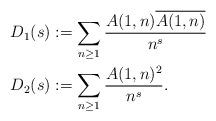
LaTeX: \begin{align*} D_1(s) &:= \sum_{n \geq 1} \frac{A(1,n)\overline{A(1,n)}}{n^s} \\ D_2(s) &:= \sum_{n \geq 1} \frac{A(1,n)^2}{n^s}.\end{align*}